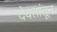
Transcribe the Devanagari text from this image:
देवतांतून